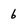
Character: b